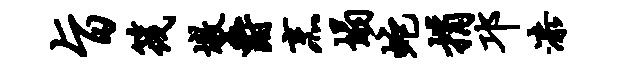
旨筏墩爵烹塌蛇捐邛漆